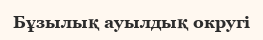
Бұзылық ауылдық округі